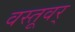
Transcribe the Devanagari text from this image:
वस्तूवर्